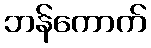
ဘန်ကောက်